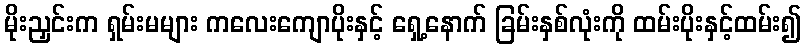
မိုးညှင်းက ရှမ်းမများ ကလေးကျောပိုးနှင့် ရှေ့နောက် ခြမ်းနှစ်လုံးကို ထမ်းပိုးနှင့်ထမ်း၍